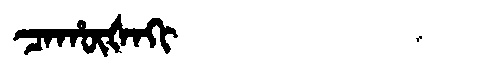
Manchu: ᠴᠠᡥᡡᡧᠠᡴᡳ
Romanization: CAHŪŠAKI